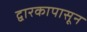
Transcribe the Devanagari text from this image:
द्वारकापासून